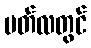
မတ်လတွင်